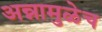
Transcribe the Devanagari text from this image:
अन्नामुळेच